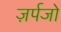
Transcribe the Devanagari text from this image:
ज़र्पजो